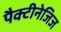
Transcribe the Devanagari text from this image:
पैक्टीनेजिज